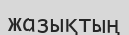
жазықтың